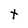
Character: t